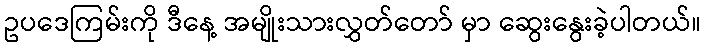
ဥပဒေကြမ်းကို ဒီနေ့ အမျိုးသားလွှတ်တော် မှာ ဆွေးနွေးခဲ့ပါတယ်။